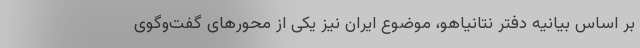
بر اساس بیانیه دفتر نتانیاهو، موضوع ایران نیز یکی از محورهای گفت‌وگوی